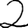
Digit: 2